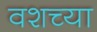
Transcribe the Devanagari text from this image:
वशच्या